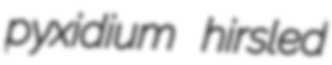
pyxidium hirsled